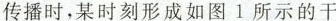
传播时，某时刻形成如图1所示的干